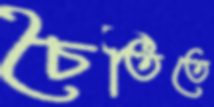
চৈতিতে